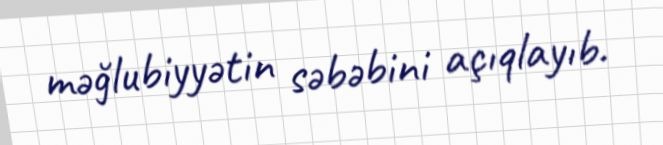
məğlubiyyətin səbəbini açıqlayıb.